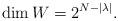
LaTeX: \begin{align*}\dim W = 2^{N - |\lambda|}.\end{align*}